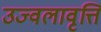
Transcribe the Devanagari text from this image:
उज्वलावृत्ति